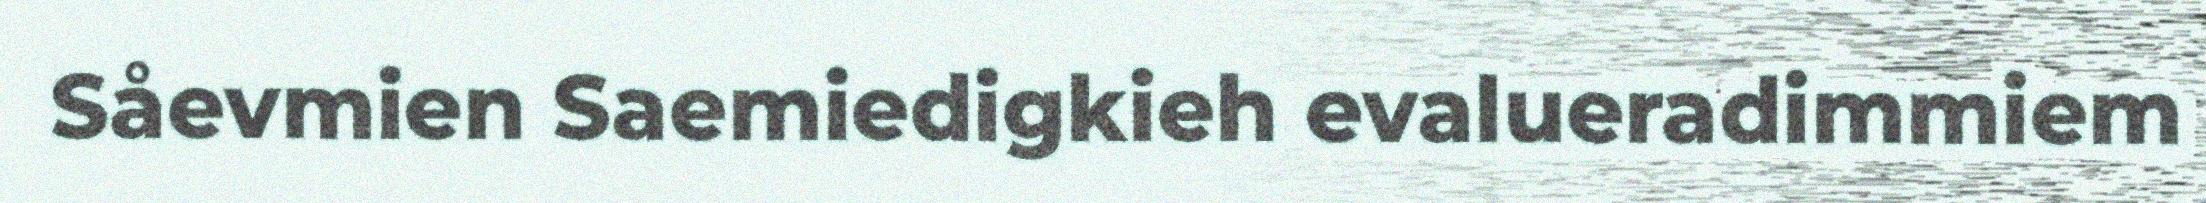
Såevmien Saemiedigkieh evalueradimmiem